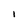
Character: I